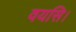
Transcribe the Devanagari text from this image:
वयसि।